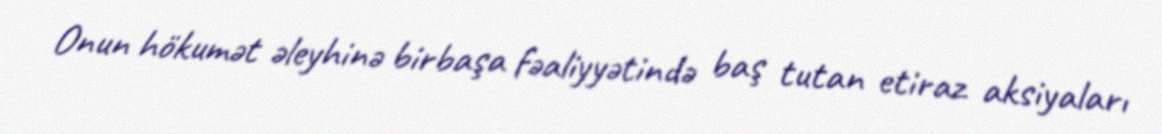
Onun hökumət əleyhinə birbaşa fəaliyyətində baş tutan etiraz aksiyaları